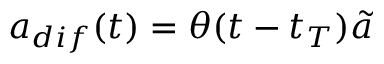
a _ { d i f } ( t ) = \theta ( t - t _ { T } ) \tilde { a }